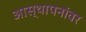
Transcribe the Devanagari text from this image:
आस्‍थापनांवर